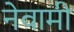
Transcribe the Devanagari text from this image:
नेवामी